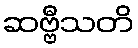
ဆဗ္ဗီသတိ